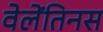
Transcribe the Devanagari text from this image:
वेलेंतिनस